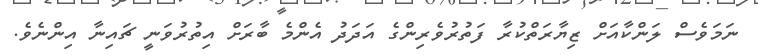
ނަމަވެސް ލަންކާއަށް ޒިޔާރަތްކުރާ ފަތުރުވެރިންގެ އަދަދު އެންމެ ބާރަށް އިތުރުވަނީ ޗައިނާ އިންނެވެ.